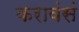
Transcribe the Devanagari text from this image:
करावंसं